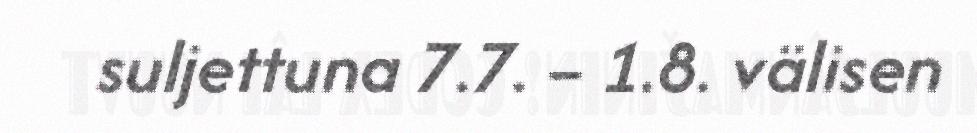
suljettuna 7.7. – 1.8. välisen